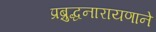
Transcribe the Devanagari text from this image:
प्रब्रुद्धनारायणाने